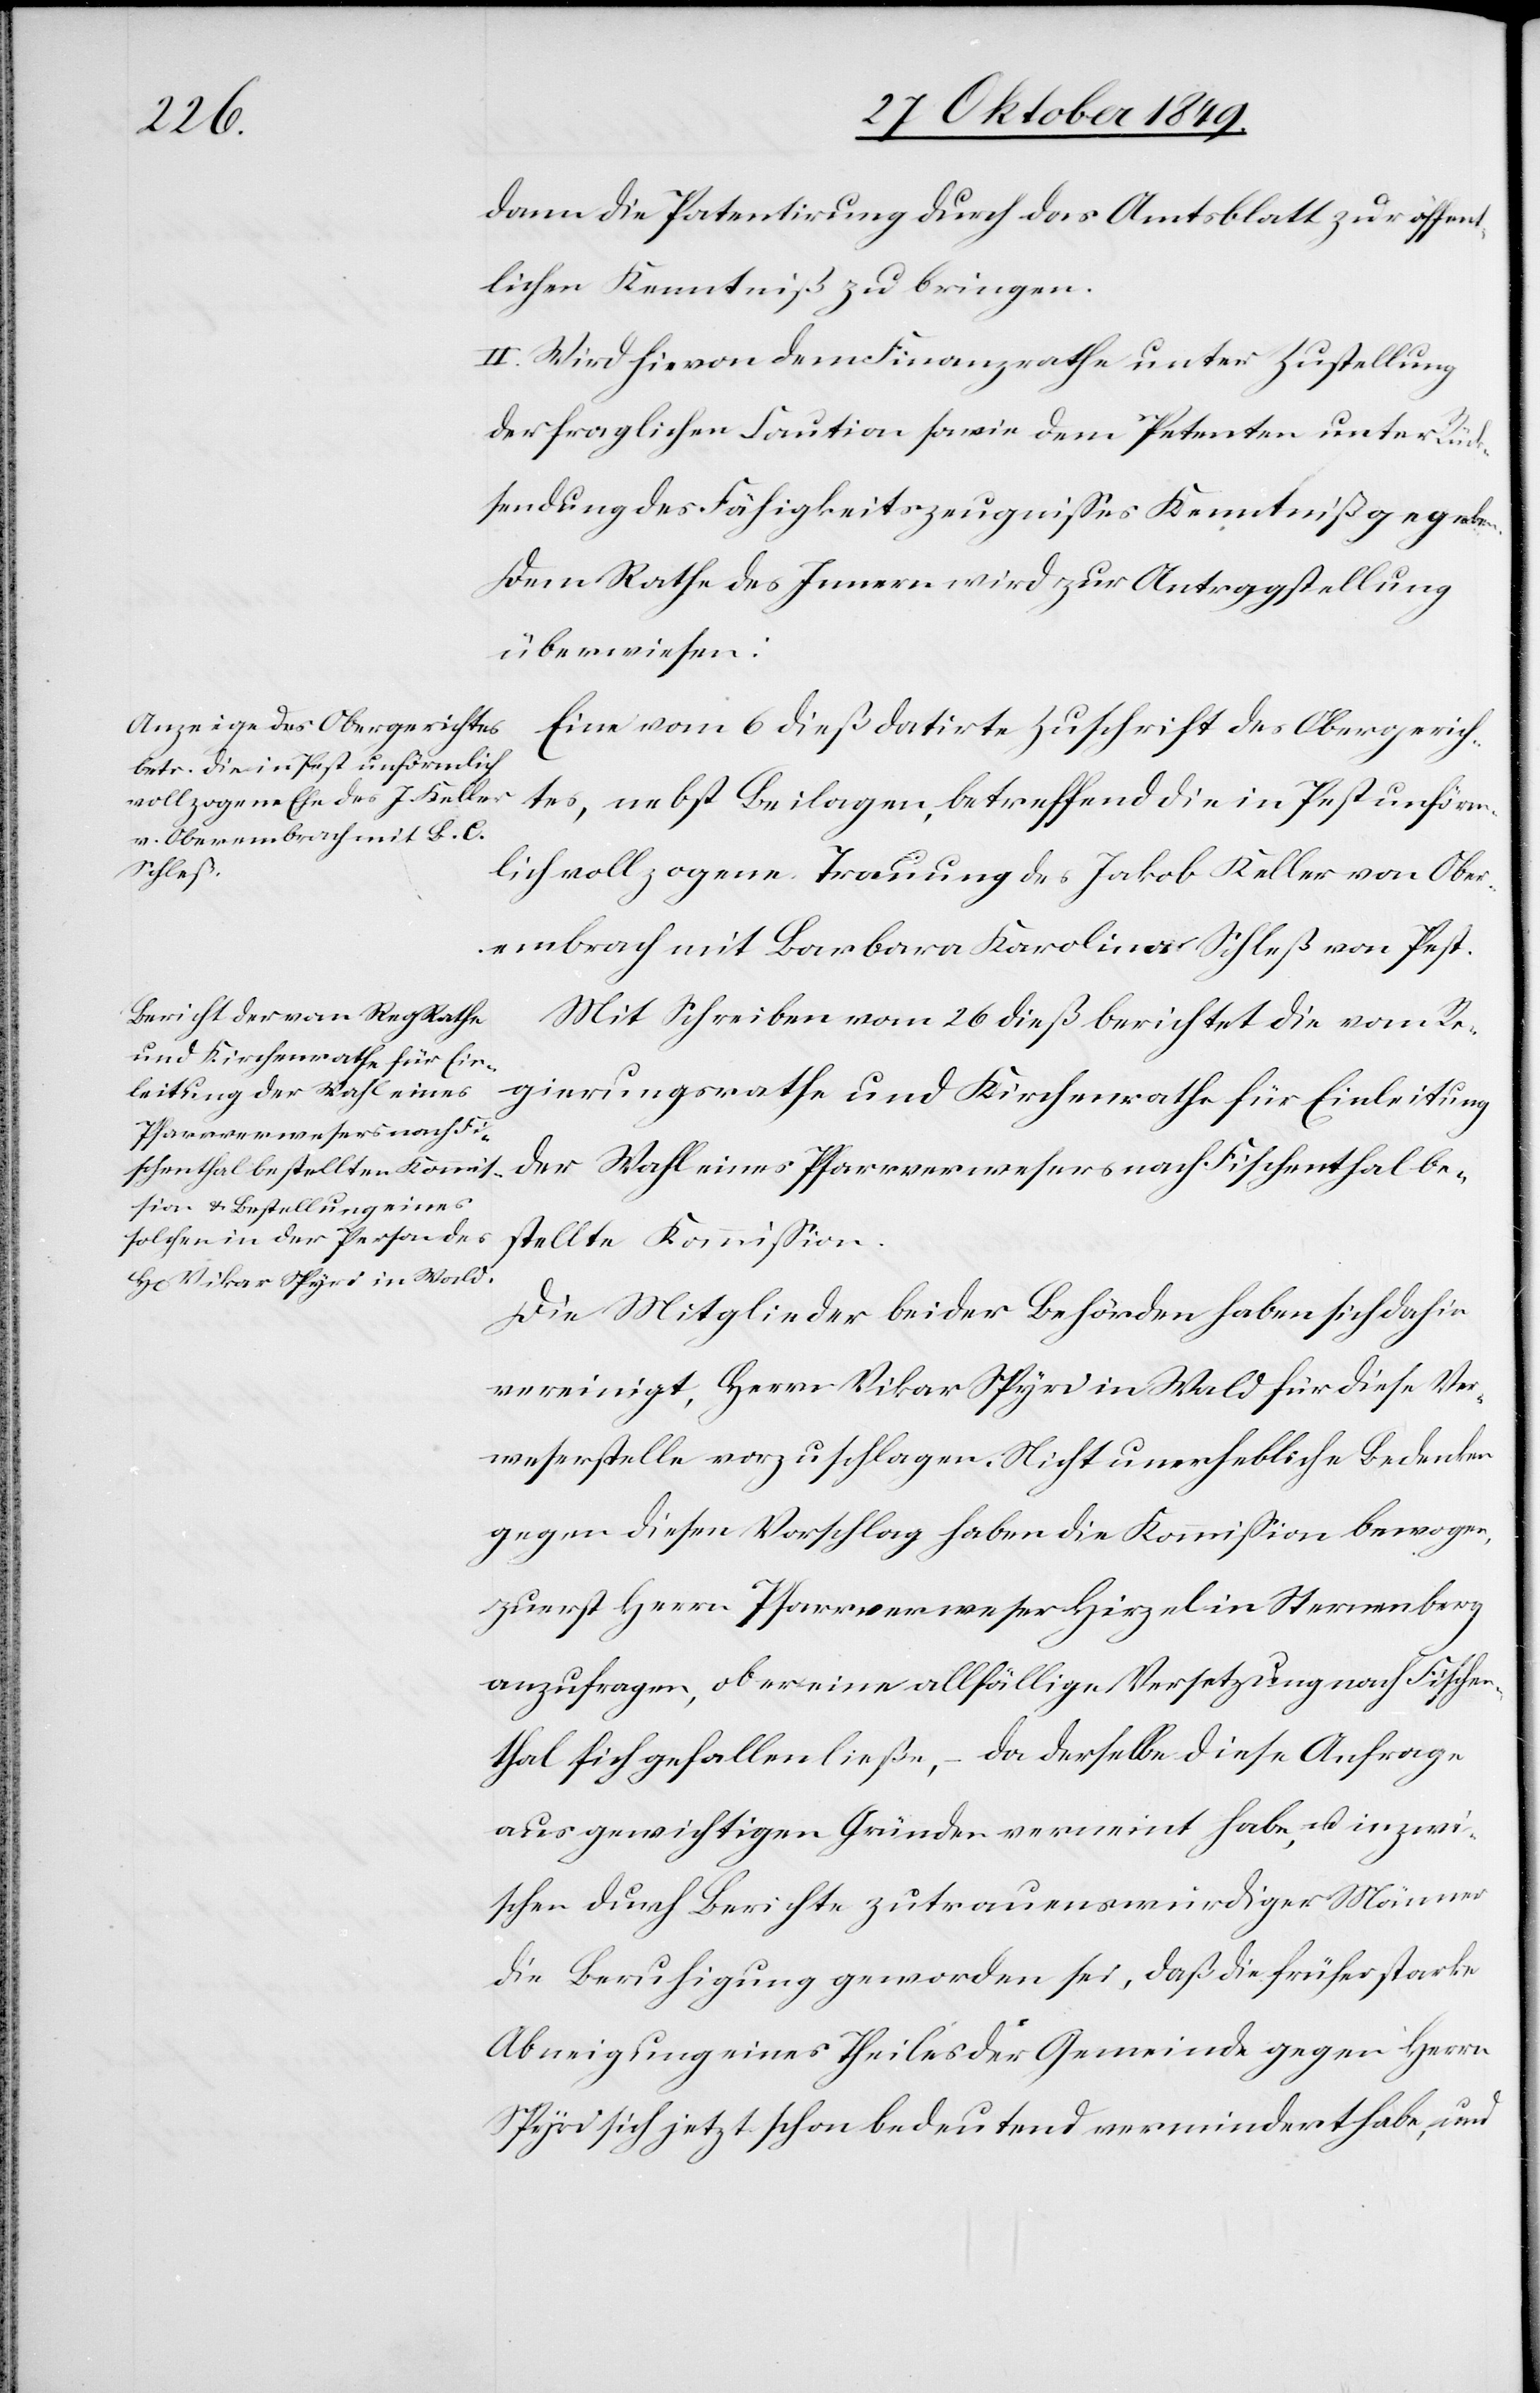
dann die Patentirung durch das Amtsblatt zur öffent¬
lichen Kenntniß zu bringen.
II. Wird hievon dem Finanzrathe unter Zustellung
der fraglichen Caution sowie dem Petenten unter Rück¬
sendung des Fähigkeitszeugnißes Kenntniß zu geben.
Eine vom 6 dieß datirte Zuschrift des Obergerich¬
tes, nebst Beilagen, betreffend die in Pest unförm¬
lich vollzogene Trauung des Jakob Keller von Ober¬
embrach mit Barbara Karoliner Schleß von Pest.
Mit Schreiben vom 26 dieß berichtet die vom Re¬
gierungsrathe und Kirchenrathe für Einleitung
der Wahl eines Pfarrverwesers nach Fischenthal be¬
stellte Kommißion.
Die Mitglieder beider Behörden haben sich dahin
vereinigt, Herr Vikar Spyri in Wald für diese Ver¬
weserstelle vorzuschlagen. Nicht unerhebliche Bedenken
gegen diesen Vorschlag haben die Kommißion bewogen
zuerst Herrn Pfarrverweser Hirzel in Sternenberg
anzufragen, ob er eine allfällige Versetzung nach Fischen¬
thal sich gefallen ließe, – da derselbe diese Anfrage
aus gewichtigen Gründen verneint habe, u. inzwi¬
schen durch Berichte zutrauenswürdiger Männer
die Beruhigung geworden sei [sic!], daß die früher starke
Abneigung eines Theiles der Gemeinde gegen Herrn
Spyri sich jetzt schon bedeutend vermindert habe, und